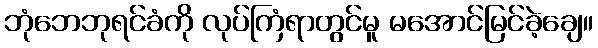
ဘုံဘေဘုရင်ခံကို လုပ်ကြံရာတွင်မူ မအောင်မြင်ခဲ့ချေ။